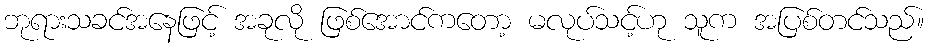
ဘုရားသခင်အနေဖြင့် အခုလို ဖြစ်အောင်ကတော့ မလုပ်သင့်ဟု သူက အပြစ်တင်သည်။